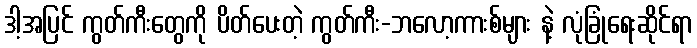
ဒါ့အပြင် ကွတ်ကီးတွေကို ပိတ်ပေးတဲ့ ကွတ်ကီး-ဘလော့ကားစ်များ နဲ့ လုံခြုံရေးဆိုင်ရာ